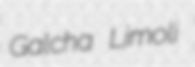
Galcha Limoli